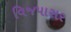
વિજપાસર